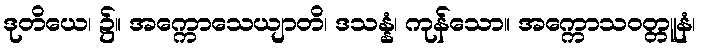
ဒုတိယေ၊ ၌။ အက္ကောသေယျာတိ၊ ဒသန္နံ၊ ကုန်သော။ အက္ကောသဝတ္တူနံ၊